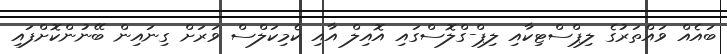
ބައެއް ވައްތަރުގެ ލިޕްސްޓިކާއި ލިޕް-ގްލޮސްގައި އޮއިލް އާއި ކެމިކަލްސް ވަރަށް ގިނައިން ބޭނުންކޮށްފައި